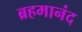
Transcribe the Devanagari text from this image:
ब्रहमानंद